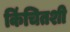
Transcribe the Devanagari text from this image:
किंचितशी